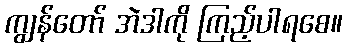
ကျွန်တော် အဲဒါကို ကြည့်ပါရစေ။